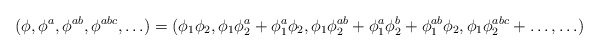
\begin{align*}( \phi, \phi^a, \phi^{ab}, \phi^{abc}, \ldots ) = ( \phi_1 \phi_2, \phi_1 \phi_2^a + \phi_1^a \phi_2, \phi_1 \phi_2^{ab} + \phi_1^a \phi_2^b + \phi_1^{ab} \phi_2, \phi_1 \phi_2^{abc} + \ldots, \ldots )\end{align*}